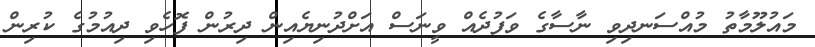
މައުލޫމާތު މުއްސަނދިވި ނާސާގެ ވަފުދެއް ވީނަސް އަށްދުނިޔެއިން ދިރުން ފޮހެވި ދިއުމުގެ ކުރިން